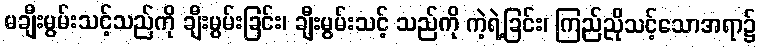
မချီးမွမ်းသင့်သည်ကို ချီးမွမ်းခြင်း၊ ချီးမွမ်းသင့် သည်ကို ကဲ့ရဲ့ခြင်း၊ ကြည်ညိုသင့်သောအရာ၌